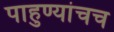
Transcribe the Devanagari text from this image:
पाहुण्यांचच